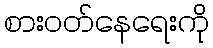
စားဝတ်နေရေးကို